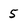
Character: 5